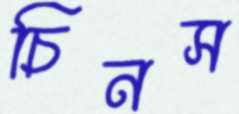
চিনস